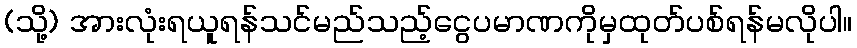
(သို့) အားလုံးရယူရန်သင်မည်သည့်ငွေပမာဏကိုမှထုတ်ပစ်ရန်မလိုပါ။